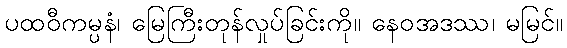
ပထဝီကမ္ပနံ၊ မြေကြီးတုန်လှုပ်ခြင်းကို။ နေဝအဒဿ၊ မမြင်။